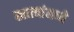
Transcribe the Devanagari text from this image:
खात्यांमध्ये